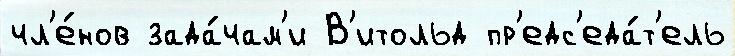
чл'е́нов зада́чам'и В'итольд пр'едс'еда́т'ель